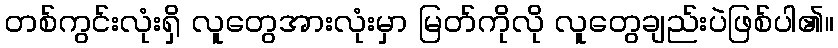
တစ်ကွင်းလုံးရှိ လူတွေအားလုံးမှာ မြတ်ကိုလို လူတွေချည်းပဲဖြစ်ပါ၏။